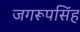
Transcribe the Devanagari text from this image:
जगरूपसिंह